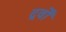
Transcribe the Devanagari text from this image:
द्रवोँ